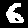
Digit: 6